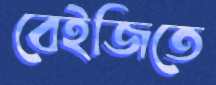
বেইজিতে